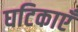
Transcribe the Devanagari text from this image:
घटिकाएँ